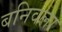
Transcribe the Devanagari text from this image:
बनिवला